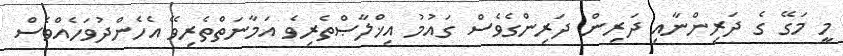
މީ މަގޭ ގެ ދަރިންނާއި ދަރިން ދަރިންގެވެސް ގައުމު އިޚްލާޞްތެރިވެ އަމާނަތްތެރިވޭ އެހެންދުވަހެއްވެސް